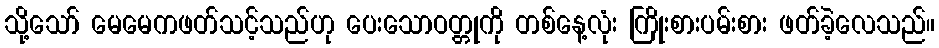
သို့သော် မေမေကဖတ်သင့်သည်ဟု ပေးသောဝတ္တုကို တစ်နေ့လုံး ကြိုးစားပမ်းစား ဖတ်ခဲ့လေသည်။